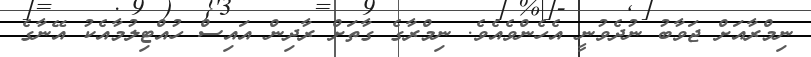
ނިމްރާއަށް ޖަވާބު ނުދެވުނީ އެހެންވެއެވެ. ނިމްރާގެ ގާތަށް ރާދިން އައިސް ހުއްޓިލުމާއެކު އޭނާގެ